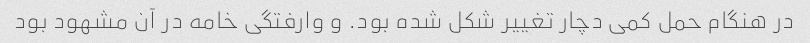
در هنگام حمل کمی دچار تغییر شکل شده بود. و وارفتگی خامه در آن مشهود بود